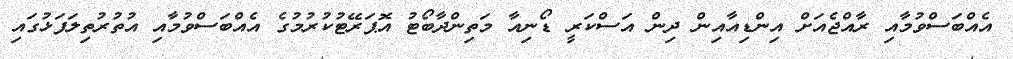
އެއްބަސްވުމާއި ރާއްޖެއަށް އިންޑިއާއިން ދިން އަސްކަރީ ޑޯނިއާ މަތިންދާބޯޓު އޮޕަރޭޓުކުރުމުގެ އެއްބަސްވުމާއި އުތުރުތިލަފަޅުގައި